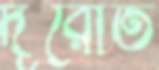
দূরোত